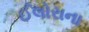
ઈલોરાના